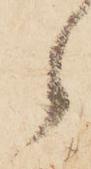
之